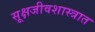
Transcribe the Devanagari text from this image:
सूक्षजीवशास्त्रात